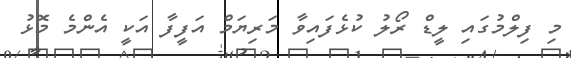
މި ފިލްމުގައި ލީޑް ރޯލު ކުޅެފައިވާ މަރިޔަމް އަފީފާ އަކީ އެންމެ މޮޅު